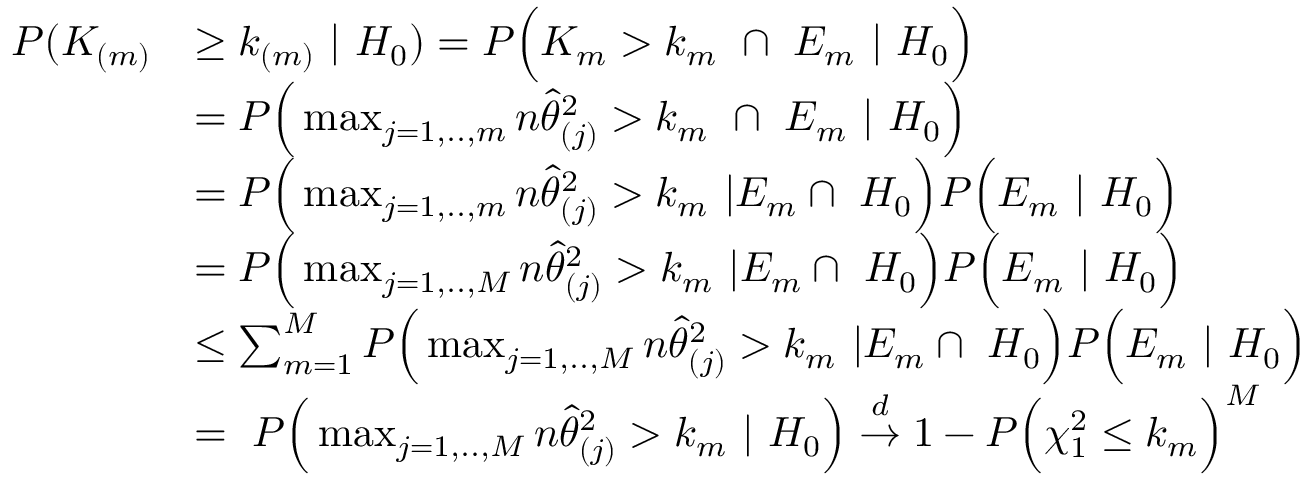
\begin{array} { r l } { P ( K _ { ( m ) } } & { \geq k _ { ( m ) } \ | \ H _ { 0 } ) = P \Big ( K _ { m } > k _ { m } \ \cap \ E _ { m } \ | \ H _ { 0 } \Big ) } \\ & { = P \Big ( \mathop { \operatorname* { m a x } } _ { j = 1 , . . , m } n \widehat { \theta } _ { ( j ) } ^ { 2 } > k _ { m } \ \cap \ E _ { m } \ | \ H _ { 0 } \Big ) } \\ & { = P \Big ( \mathop { \operatorname* { m a x } } _ { j = 1 , . . , m } n \widehat { \theta } _ { ( j ) } ^ { 2 } > k _ { m } \ | E _ { m } \cap \ H _ { 0 } \Big ) P \Big ( E _ { m } \ | \ H _ { 0 } \Big ) } \\ & { = P \Big ( \mathop { \operatorname* { m a x } } _ { j = 1 , . . , M } n \widehat { \theta } _ { ( j ) } ^ { 2 } > k _ { m } \ | E _ { m } \cap \ H _ { 0 } \Big ) P \Big ( E _ { m } \ | \ H _ { 0 } \Big ) } \\ & { \leq \sum _ { m = 1 } ^ { M } P \Big ( \mathop { \operatorname* { m a x } } _ { j = 1 , . . , M } n \widehat { \theta } _ { ( j ) } ^ { 2 } > k _ { m } \ | E _ { m } \cap \ H _ { 0 } \Big ) P \Big ( E _ { m } \ | \ H _ { 0 } \Big ) } \\ & { = \ P \Big ( \mathop { \operatorname* { m a x } } _ { j = 1 , . . , M } n \widehat { \theta } _ { ( j ) } ^ { 2 } > k _ { m } \ | \ H _ { 0 } \Big ) \stackrel { d } { \rightarrow } 1 - P \Big ( \chi _ { 1 } ^ { 2 } \leq k _ { m } \Big ) ^ { M } } \end{array}